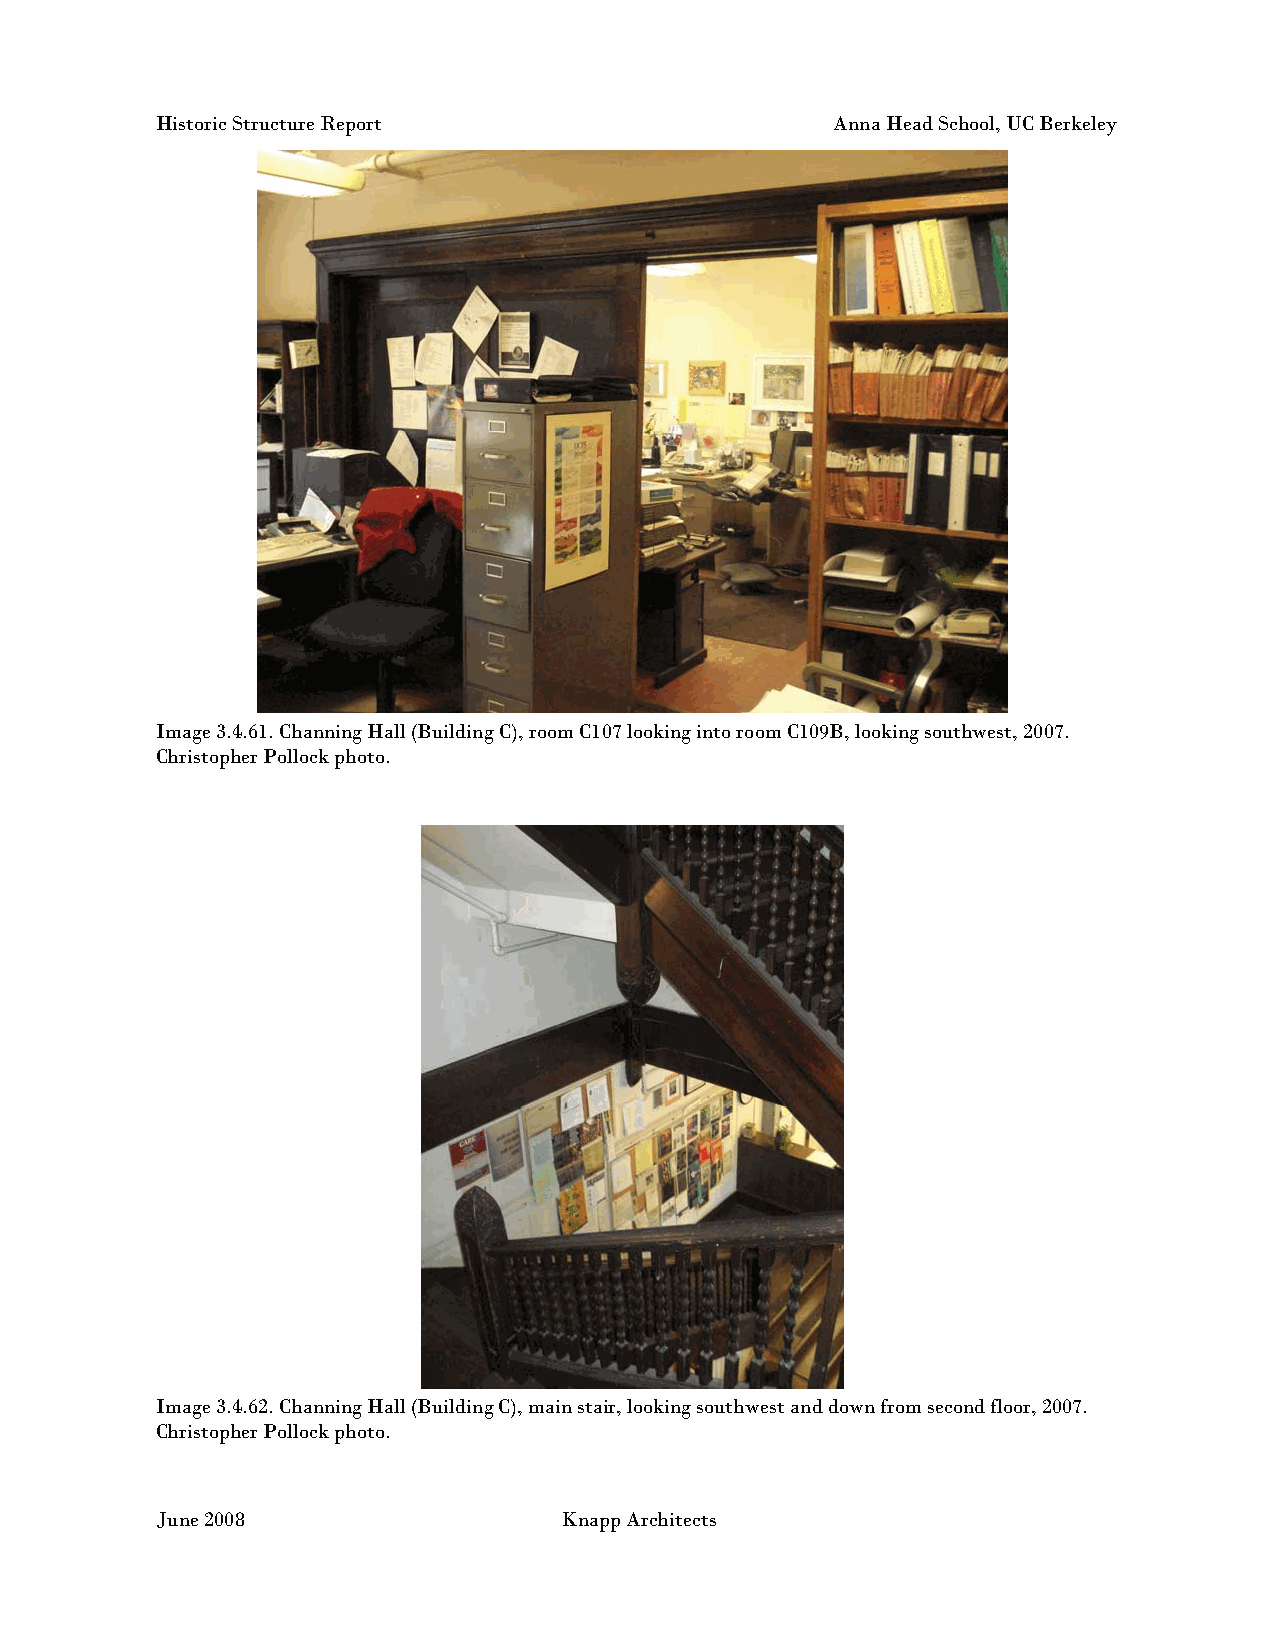
Historic Structure Report                    Anna Head School, UC Berkeley
 Image 3.4.61. Channing Hall (Building C), room C107 looking into room C109B, looking southwest, 2007.
 Christopher Pollock photo.
 Image 3.4.62. Channing Hall (Building C), main stair, looking southwest and down from second floor, 2007.
 Christopher Pollock photo.
 June 2008                  Knapp Architects